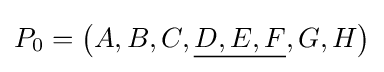
P_{0}=\left(A,B,C,{\underline {D,E,F}},G,H\right)